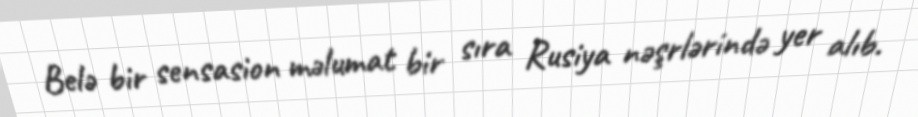
Belə bir sensasion məlumat bir sıra Rusiya nəşrlərində yer alıb.